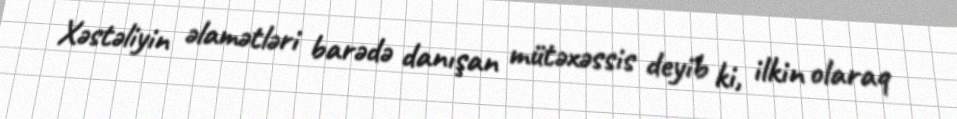
Xəstəliyin əlamətləri barədə danışan mütəxəssis deyib ki, ilkin olaraq